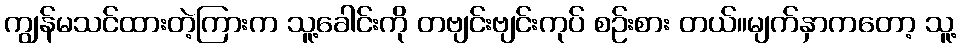
ကျွန်မသင်ထားတဲ့ကြားက သူ့ခေါင်းကို တဗျင်းဗျင်းကုပ် စဉ်းစား တယ်။မျက်နှာကတော့ သူ့